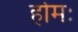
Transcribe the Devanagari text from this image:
होमः